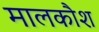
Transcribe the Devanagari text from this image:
मालकौश